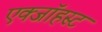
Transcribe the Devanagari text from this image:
एक्जाॅहस्ट